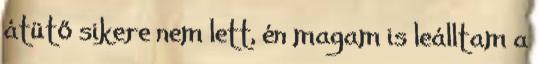
átütő sikere nem lett, én magam is leálltam a